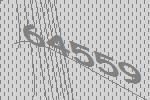
64559